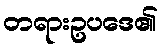
တရားဥပဒေ၏